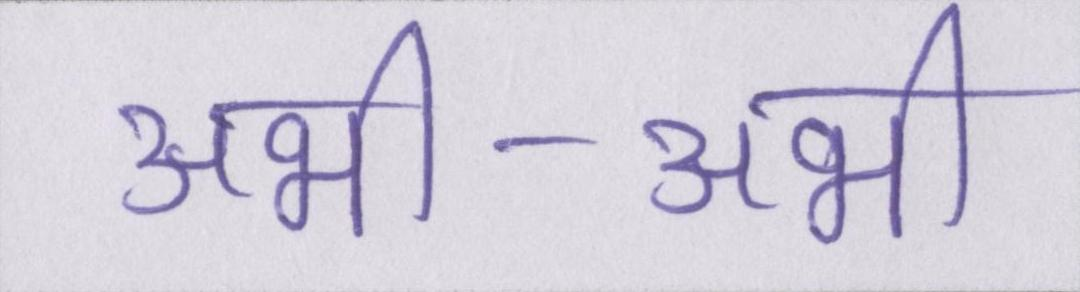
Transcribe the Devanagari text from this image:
अभी-अभी